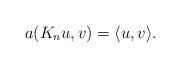
LaTeX: \begin{align*}a(K_n u, v) = \langle u, v\rangle.\end{align*}